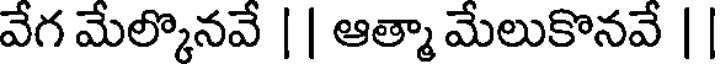
వేగ మేల్కొనవే || ఆత్మా మేలుకొనవే ||